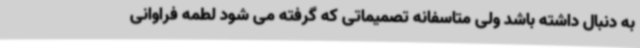
به دنبال داشته باشد ولی متاسفانه تصمیماتی که گرفته می شود لطمه فراوانی